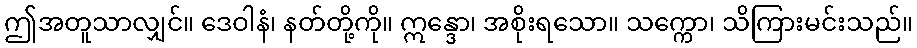
ဤအတူသာလျှင်။ ဒေဝါနံ၊ နတ်တို့ကို။ ဣန္ဒော၊ အစိုးရသော။ သက္ကော၊ သိကြားမင်းသည်။